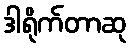
ဒါရိုက်တာဆု